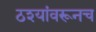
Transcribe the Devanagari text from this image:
ठश्यांवरूनच